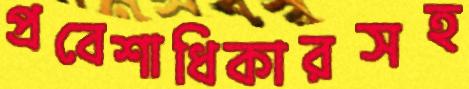
প্রবেশাধিকারসহ